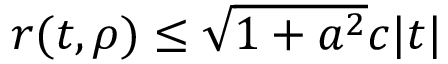
\textstyle r ( t , \rho ) \leq { \sqrt { 1 + a ^ { 2 } } } c | t |